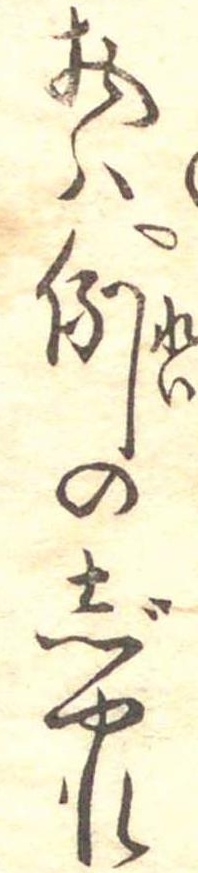
物は例のじやれ